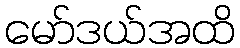
မော်ဒယ်အထိ